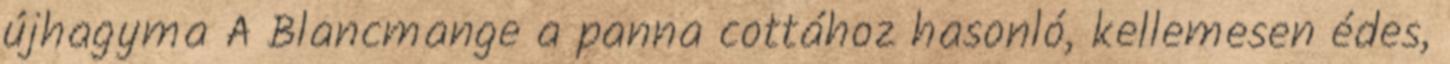
újhagyma A Blancmange a panna cottához hasonló, kellemesen édes,